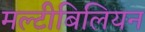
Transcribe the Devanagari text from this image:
मल्टीबिलियन